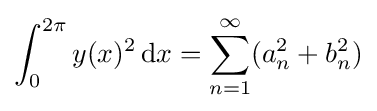
\int _{0}^{2\pi }y(x)^{2}\,\mathrm {d} x=\sum _{n=1}^{\infty }(a_{n}^{2}+b_{n}^{2})